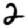
Digit: 2